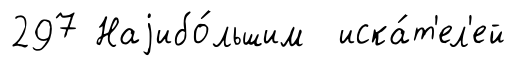
297 Наjибо́льшим иска́т'ел'ей